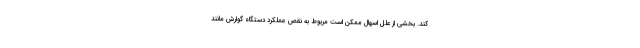
کند. بخشی از علل اسهال ممکن است مربوط به نقص عملکرد دستگاه گوارش مانند